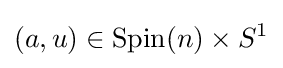
(a,u)\in \mathrm {Spin} (n)\times S^{1}